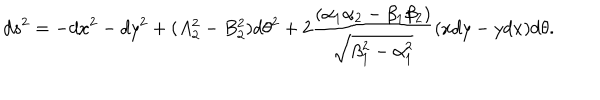
LaTeX: d s ^ { 2 } = - d x ^ { 2 } - d y ^ { 2 } + ( A _ { 2 } ^ { 2 } - B _ { 2 } ^ { 2 } ) d \theta ^ { 2 } + 2 { \frac { ( \alpha _ { 1 } \alpha _ { 2 } - \beta _ { 1 } \beta _ { 2 } ) } { \sqrt { \beta _ { 1 } ^ { 2 } - \alpha _ { 1 } ^ { 2 } } } } ( x d y - y d x ) d \theta .